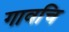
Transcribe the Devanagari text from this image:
गावचि